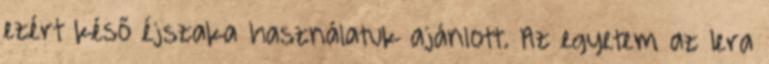
ezért késő éjszaka használatuk ajánlott. Az egyetem az Iera